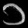
Digit: ၁